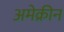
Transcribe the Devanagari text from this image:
अमेक्रीन